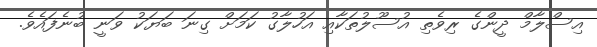
އިސްލާމް ދީންގެ ރިވެތި އުސޫލުތަކާއި އަހުލާގު ކަމަށް ގިނަ ބަޔަކު ވަނީ ބުނެފައެވެ.